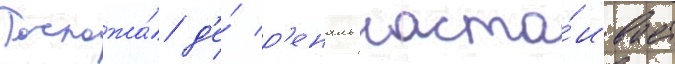
Госпожа́ д'е́ р'еналь наста́ивает